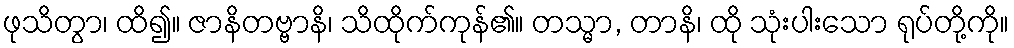
ဖုသိတွာ၊ ထိ၍။ ဇာနိတဗ္ဗာနိ၊ သိထိုက်ကုန်၏။ တသ္မာ, တာနိ၊ ထို သုံးပါးသော ရုပ်တို့ကို။